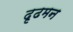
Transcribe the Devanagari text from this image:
दृढमन